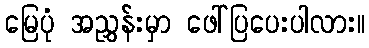
မြေပုံ အညွှန်းမှာ ဖေါ်ပြပေးပါလား။